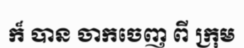
ក៏ បាន ចាកចេញ ពី ក្រុម